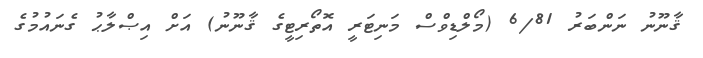
ޤާނޫނު ނަންބަރު 6/81 (މޯލްޑިވްސް މަނިޓަރީ އޮތޯރިޓީގެ ޤާނޫނު) އަށް އިޞްލާޙު ގެނައުމުގެ